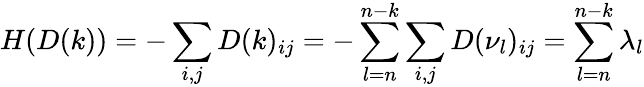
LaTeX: H(D(k))=-\sum_{i,j}D(k)_{ij}=-\sum_{l=n}^{n-k}\sum_{i,j}D(\nu_{l})_{ij}=\sum_{l=n}^{n-k}\lambda_{l}